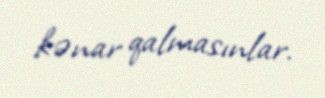
kənar qalmasınlar.